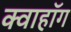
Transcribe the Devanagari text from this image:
क्वाहॉग